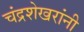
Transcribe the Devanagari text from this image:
चंद्रशेखरांनी